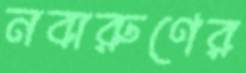
নবারুণের